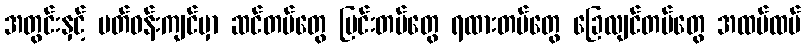
အတွင်းနှင့် ပတ်ဝန်းကျင်မှာ ဆင်တပ်တွေ မြင်းတပ်တွေ ရထားတပ်တွေ ခြေလျင်တပ်တွေ အထပ်ထပ်